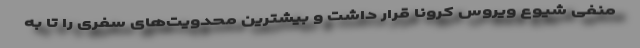
منفی شیوع ویروس کرونا قرار داشت و بیشترین محدویت‌های سفری را تا به